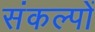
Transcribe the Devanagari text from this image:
संकल्‍पों